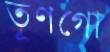
তূণগো